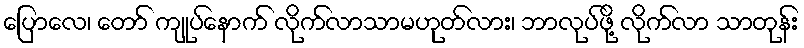
ပြောလေ၊ တော် ကျုပ်နောက် လိုက်လာသာမဟုတ်လား၊ ဘာလုပ်ဖို့ လိုက်လာ သာတုန်း